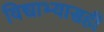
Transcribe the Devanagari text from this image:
विद्याभ्यासही